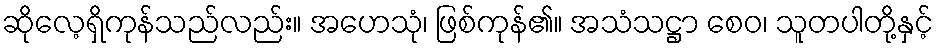
ဆိုလေ့ရှိကုန်သည်လည်း။ အဟေသုံ၊ ဖြစ်ကုန်၏။ အသံသဋ္ဌာ စေဝ၊ သူတပါတို့နှင့်